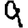
Digit: 9